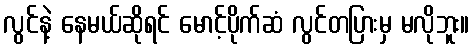
လွင်နဲ့ နေမယ်ဆိုရင် မောင့်ပိုက်ဆံ လွင်တပြားမှ မလိုဘူး။